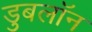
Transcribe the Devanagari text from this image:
डुबलॉन